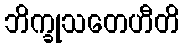
ဘိက္ခုသတေဟီတိ